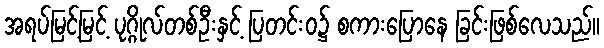
အရပ်မြင့်မြင့် ပုဂ္ဂိုလ်တစ်ဦးနှင့် ပြတင်းဝ၌ စကားပြောနေ ခြင်းဖြစ်လေသည်။